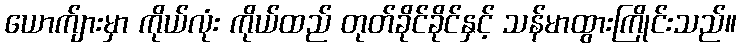
ယောက်ျားမှာ ကိုယ်လုံး ကိုယ်ထည် တုတ်ခိုင်ခိုင်နှင့် သန်မာထွားကြိုင်းသည်။